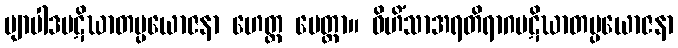
ဗျာပါဒပဋိဃာတပ္ပယောဇနာ ဟေတ္ထ မေတ္တာ။ ဝိဟိံသာအရတိရာဂပဋိဃာတပ္ပယောဇနာ